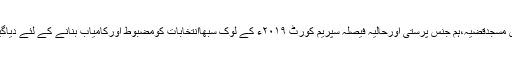
بابری مسجدقضیہ،ہم جنس پرستی اورحالیہ فیصلہ سپریم کورٹ ۲۰۱۹ء کے لوک سبھاانتخابات کومضبوط اورکامیاب بنانے کے لئے دیاگیاہے۔